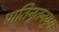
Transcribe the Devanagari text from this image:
प्रातिनूतनयुग